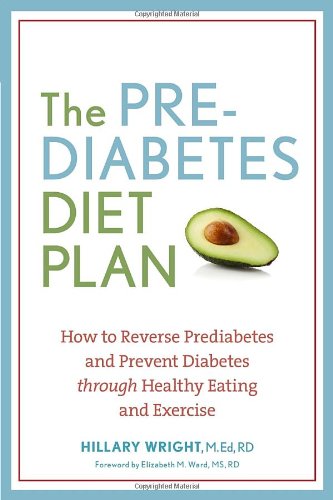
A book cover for The Prediabetes Diet Plan: How to Reverse Prediabetes and Prevent Diabetes through Healthy Eating and Exercise; Hillary Wright; Health, Fitness & Dieting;